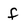
Character: f